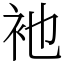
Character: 衪